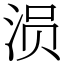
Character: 涢